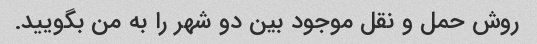
روش حمل و نقل موجود بین دو شهر را به من بگویید.